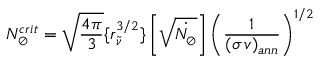
N _ { \oslash } ^ { c r i t } = \sqrt { \frac { 4 \pi } { 3 } } \{ r _ { \tilde { \nu } } ^ { 3 / 2 } \} \left[ \sqrt { \dot { N _ { \oslash } } } \right] \left( \frac { 1 } { ( \sigma \, v ) _ { a n n } } \right) ^ { 1 / 2 }